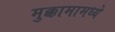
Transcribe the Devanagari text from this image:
मुक्कामामध्ये